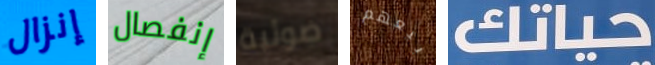
إنزال إنفصال ضوئية بيعهم حياتك